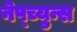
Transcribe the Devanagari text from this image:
नेप्च्युन्स